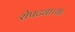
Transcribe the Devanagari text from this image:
रोपट्याच्या